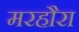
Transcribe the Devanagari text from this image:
मरहौरा